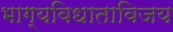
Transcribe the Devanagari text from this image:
भाग्यविधाताविजय